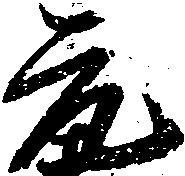
元